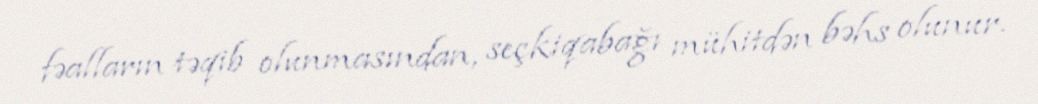
fəalların təqib olunmasından, seçkiqabağı mühitdən bəhs olunur.